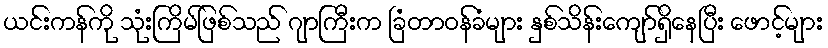
ယင်းကန်ကို သုံးကြိမ်ဖြစ်သည် ဂျာကြီးက ခြံတာဝန်ခံများ နှစ်သိန်းကျော်ရှိနေပြီး ဖောင့်များ